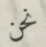
نحن